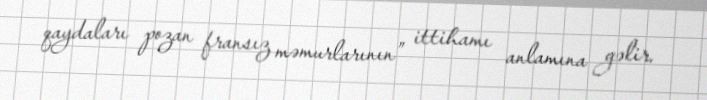
qaydaları pozan fransız məmurlarının” ittihamı anlamına gəlir.